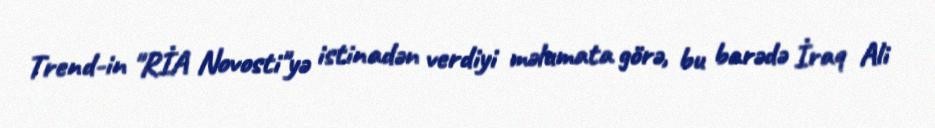
Trend-in "RİA Novosti"yə istinadən verdiyi məlumata görə, bu barədə İraq Ali